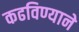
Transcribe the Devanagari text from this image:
कढविण्याने